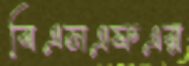
বিএসএফএর